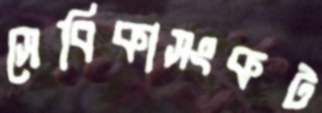
সেবিকাসংকট